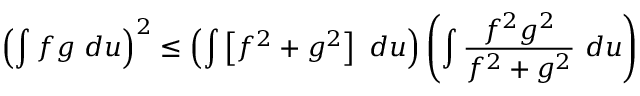
\left( \int f g ~ d u \right) ^ { 2 } \leq \left( \int \left[ f ^ { 2 } + g ^ { 2 } \right] ~ d u \right) \left( \int \frac { f ^ { 2 } g ^ { 2 } } { f ^ { 2 } + g ^ { 2 } } ~ d u \right)